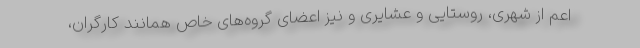
اعم از شهری، روستایی و عشایری و نیز اعضای گروه‌های خاص همانند کارگران،